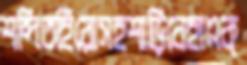
শব্দিতহিরোসহশাড়িবেহাএক্